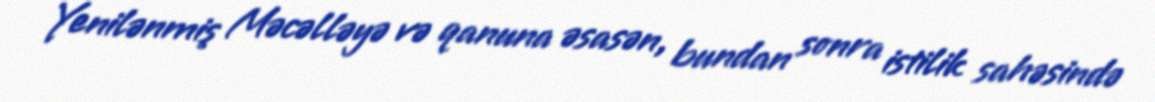
Yenilənmiş Məcəlləyə və qanuna əsasən, bundan sonra istilik sahəsində